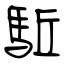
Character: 駈